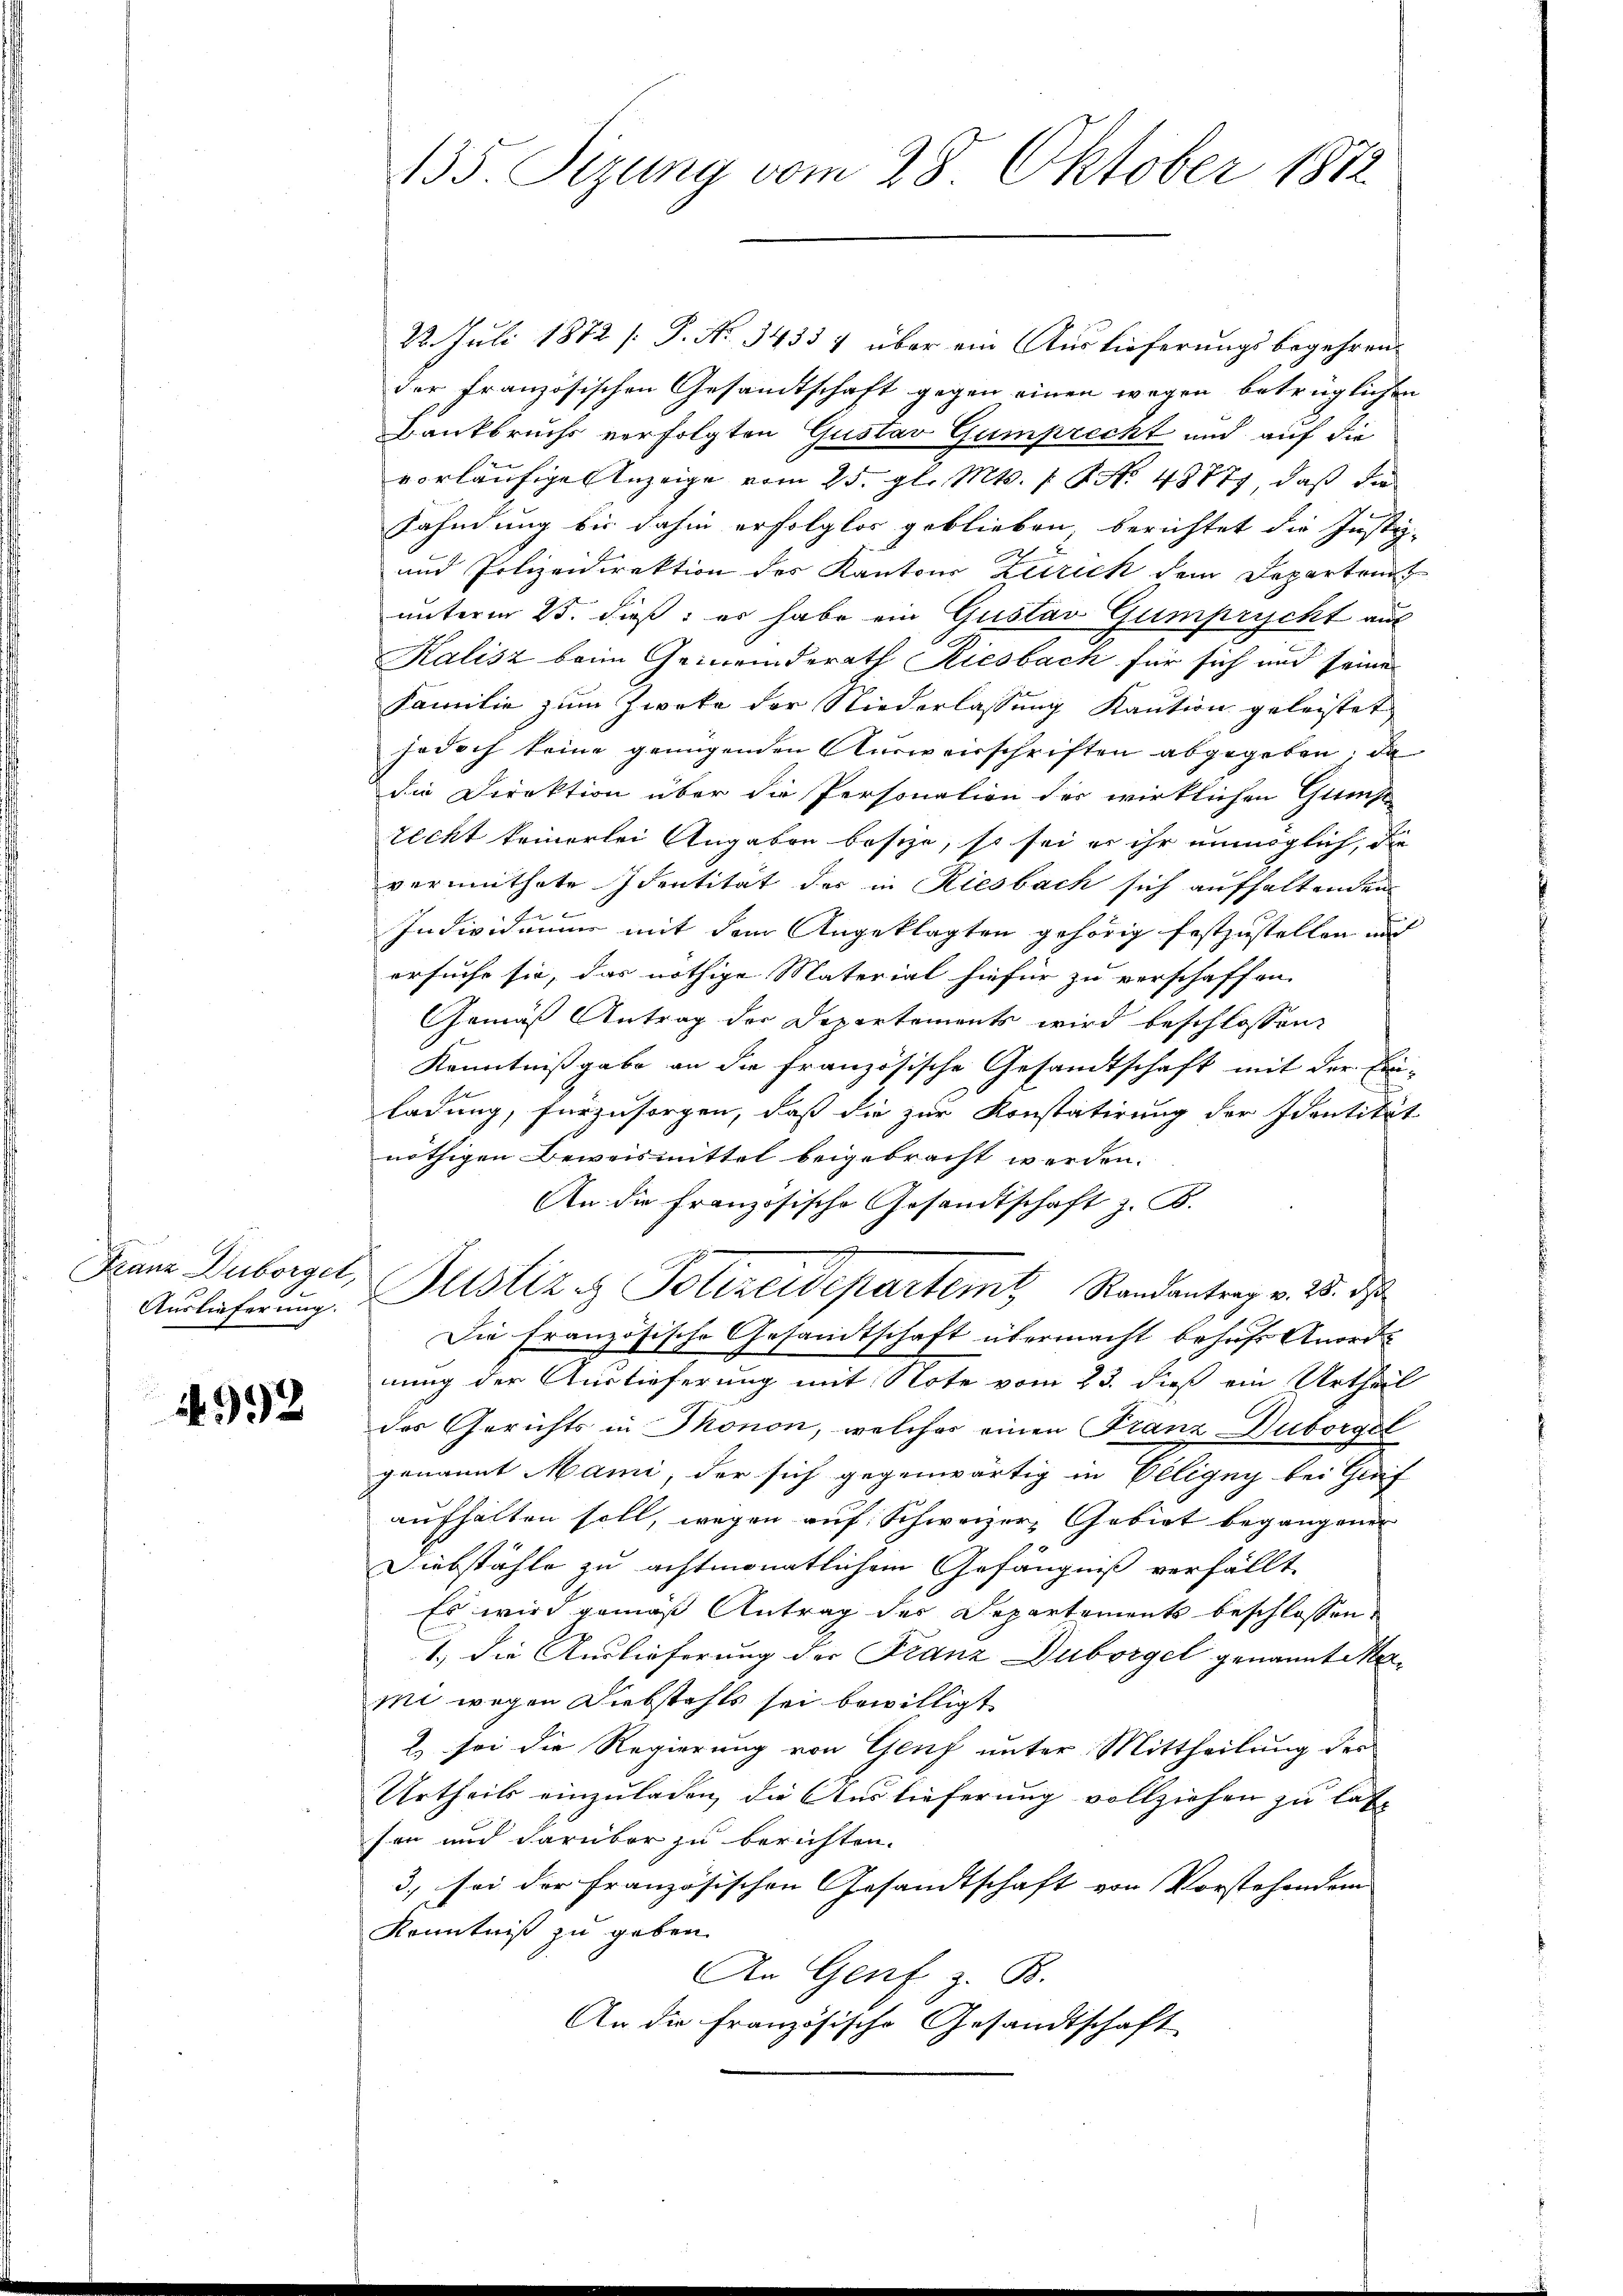
Franz Duborget,

4992

22. Juli 1872 [P. No. 3433 & über ein Auslieferungsbegehren.
der französischen Gesandtschaft gegen einen wegen betrüglichen
Bankbruchs verfolgten Gustav Gumprecht und auf die
vorläufige Anzeige vom 25. gl. Mts. No. 48777, daß die
Fahndung bis dahin erfolglos geblieben berichtet die Justiz-
und Polizeidirektion des Kantons Zürich dem Departeant
unterm 25. dieß: es habe ein Gustav Gumprycht auf
Kalisz beim Gemeinderath Riesbach für sich und seine
Familie zum Zweke der Niederlassung Kaution geleistet
jedoch keine genügenden Ausweisschriften abgegeben; da
die Direktion über die Personation der wirklichen Greift
recht keinerlei Angaben besie, so sei es ihr unmöglich, die
vermuthete Identität der in Riesbach sich aufhaltenden
Individuum mit dem Angeklagten gehörig festzustellen und
ersucht sie, das nöthige Material hiefür zu verschaffen.
Gemäß Antrag der Departements wird beschlossen:
Kenntnißgabe an die französische Gesandtschaft mit der Ein-
ladung, fürzusorgen, daß die zur Konstatirung der Identität
nöthigen Beweismittel beigebracht werden.
An die Französische Gesandtschaft z. B.
t
Auslieferŭng. Altstiz & Polizeidepartem Randantrag v. 28. d
Die französische Gesandtschaft übermacht behuf Anordnung der Auslieferung mit Note vom 23. dieß ein Urtheil
des Gerichts in Monon, welches einen Franz Duborgel
genannt Mani, der sich gegenwärtig in Eeligny bei Greif
aufhalten soll, wegen auf Schweizer Gebiet begangener
Diebstähle zu achtmonatlichem Gefängniß verfällt
Es wird gemäß Antrag der Departements beschlossen
1.) Die Auslieferung der Franz Duborgel genannt werme wegen Diebstahls sei bewilligt
2 sei die Regierung von Genf unter Mittheilung des
Urtheils einzuladen, die Auslieferung vollziehen zu lassen und darüber zu berichten.
3) sei der französischen Gesandtschaft von Vorstehenden |
Kenntniß zu geben.
An Genf z. B.
An die französische Gesandtschaft

135. Sizung vom 28. Oktober 1872